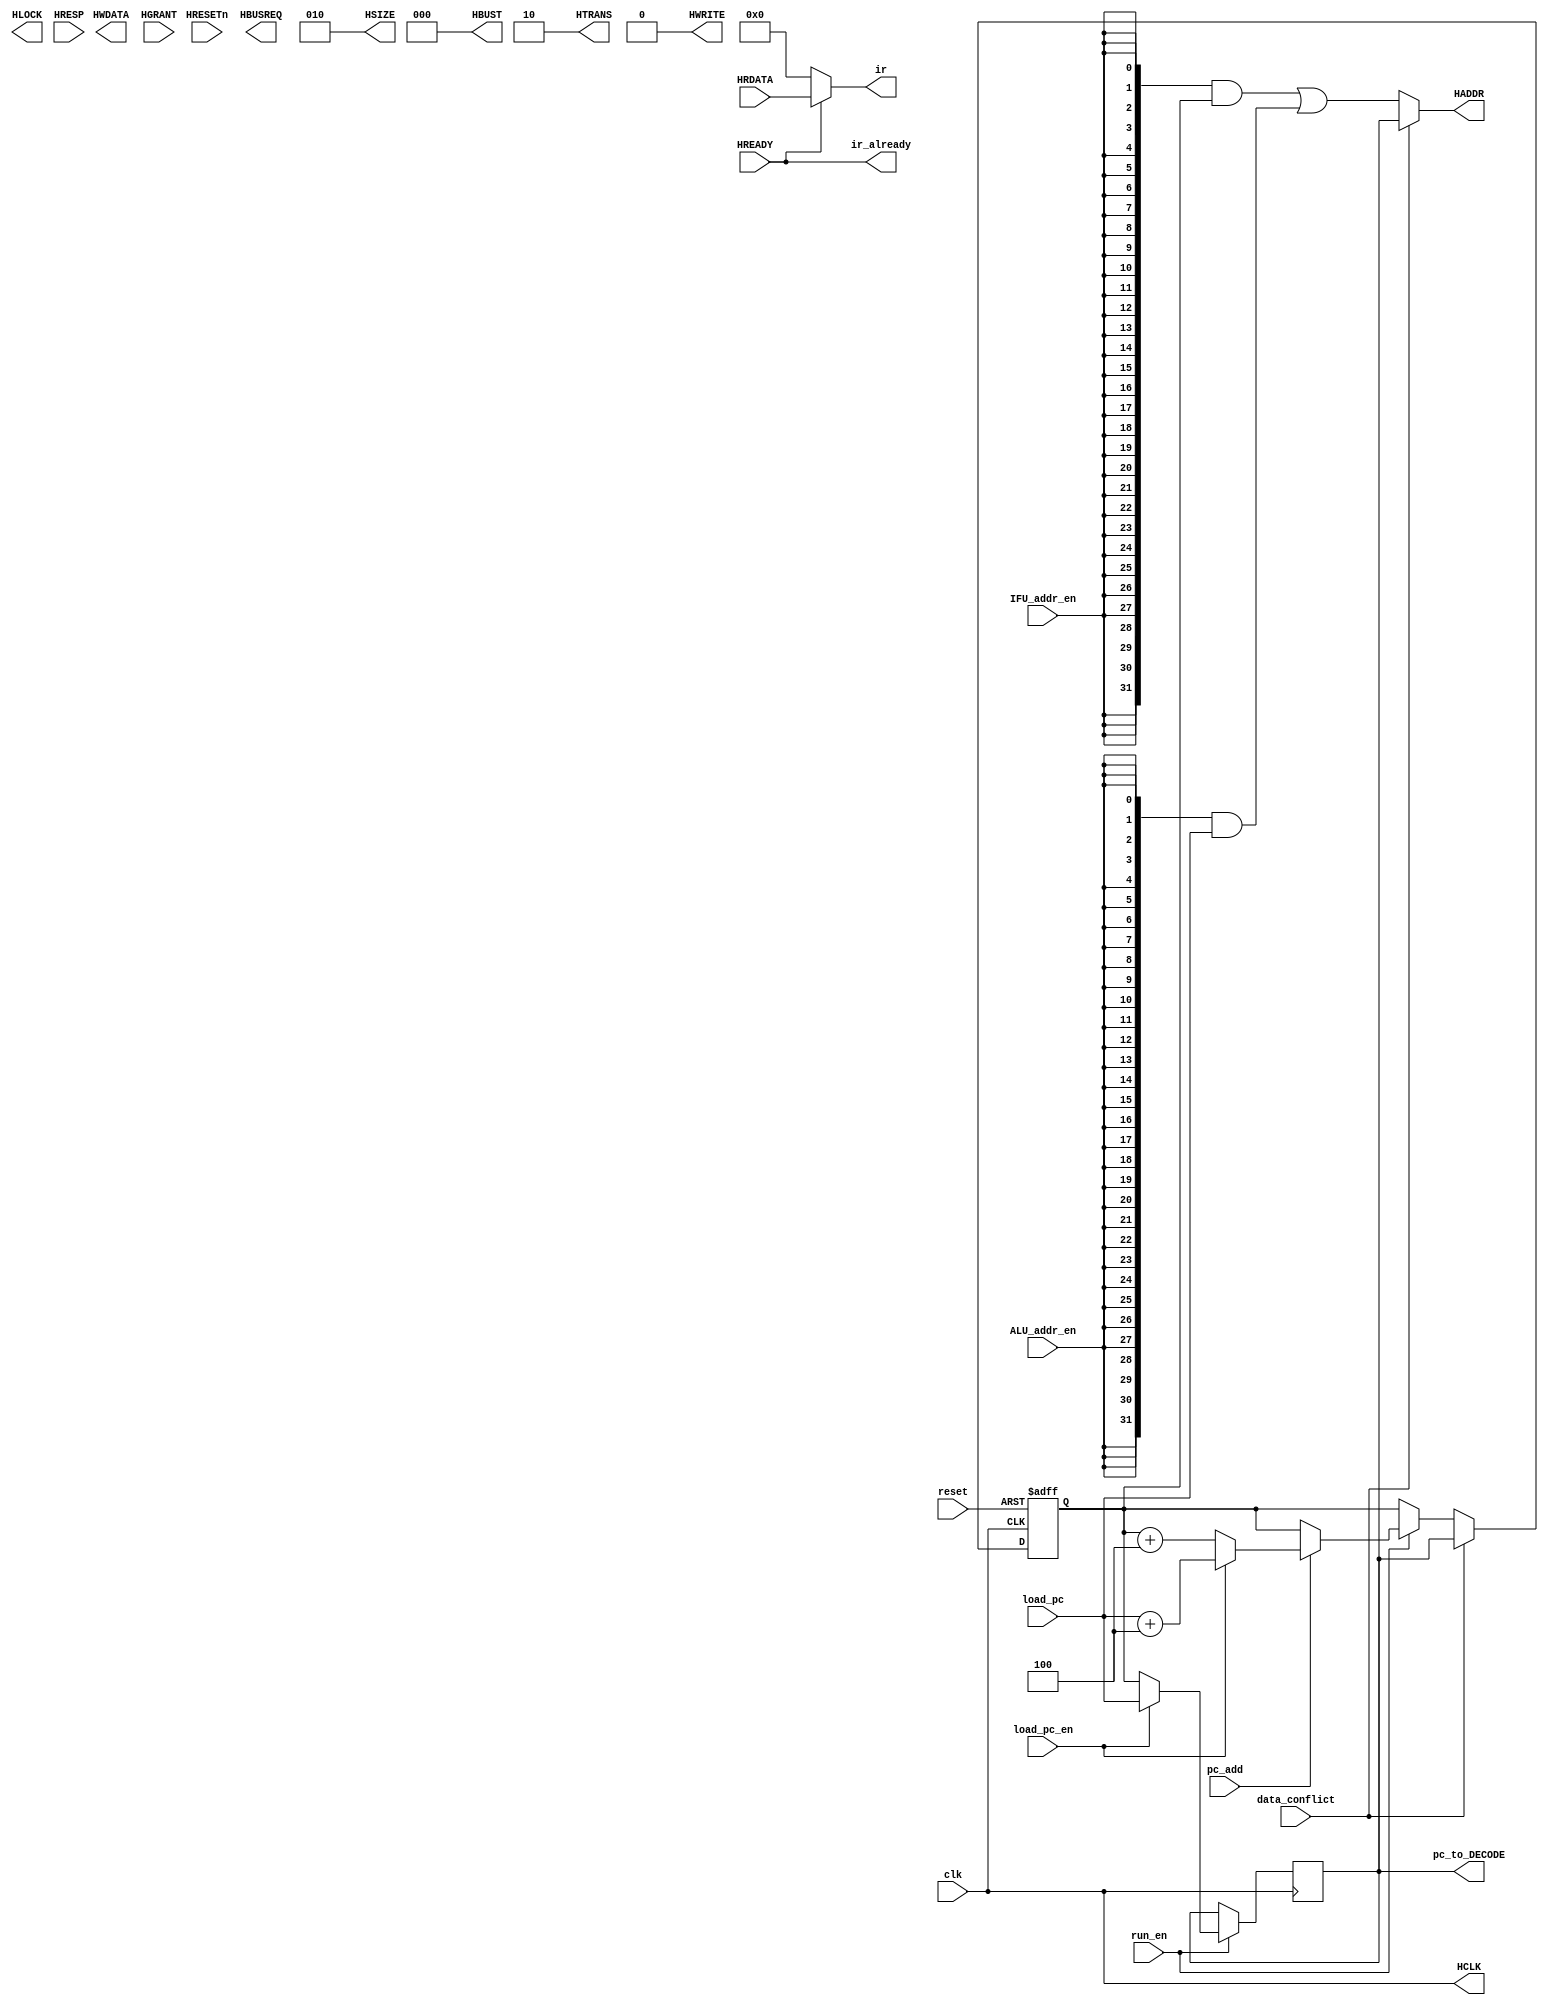
module IFU(
	output HCLK,
	input HRESETn,
	output [31:0]HADDR,  //
	output [1:0]HTRANS,  //
	output [31:0]HWDATA, //
	input [31:0]HRDATA,  //
	output HWRITE,       //,
	output [2:0]HSIZE,   //,3'b000 Byte,3'b001 HalfWord,3'b010 Word
	output [2:0]HBUST,   //bust3'b000
	output HBUSREQ,      //
	output HLOCK,        //
	input [1:0]HRESP,    //
	input HGRANT,        //
	input HREADY,        //


	input run_en,
	input [31:0]load_pc,
	output reg[31:0]pc_to_DECODE,
	output ir_already,
	input IFU_addr_en,
	input ALU_addr_en,
	input clk,
	input reset,
	input pc_add,
	input load_pc_en,
	output [31:0]ir,
	input data_conflict
);

reg [31:0]pc_register;

assign ir_already = HREADY;
assign ir = (HREADY == 1'b1)?HRDATA:32'h00000000;
assign HADDR = (data_conflict == 1'b1)?pc_to_DECODE:
							(({32{IFU_addr_en}}&pc_register)|
						   ({32{ALU_addr_en}}&load_pc));
assign HCLK =clk;
assign HSIZE = 3'b010;
assign HWRITE = 1'b0;
assign HBUST = 3'b000;
assign HTRANS = 2'b10;

always@(posedge clk)begin
if(run_en == 1'b1)begin
	if(load_pc_en)
		pc_to_DECODE <= load_pc;
    else
      pc_to_DECODE <= pc_register;
end
end		
						  
						  
always@(posedge clk,negedge reset)begin
if(~reset)begin//
	pc_register <= 32'h00000000;
end
else begin
	if(data_conflict == 1'b1)begin
			pc_register <= pc_to_DECODE;
	end
	else begin
	if(run_en == 1'b1)begin
			if(pc_add)begin//pc4
				if(load_pc_en)
					pc_register <= load_pc + 32'd4;
				else
					pc_register <= pc_register + 32'd4;
			end
		end
	end
end
end

endmodule